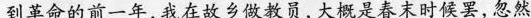
到革命的前一年,我在故乡做教员,大概是春末时候罢,忽然